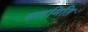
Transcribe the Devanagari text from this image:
फलमिति